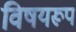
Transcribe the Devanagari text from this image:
विषयरूप